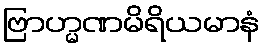
ဗြာဟ္မဏမိရိယမာနံ